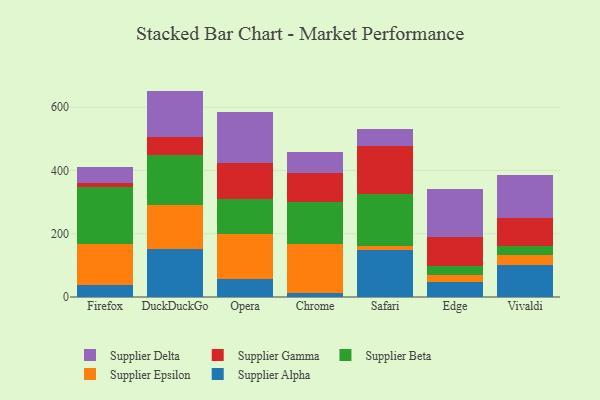
{"axis": {"x": "Browser", "y": "Shipments"}, "legend": ["Supplier Alpha", "Supplier Beta", "Supplier Delta", "Supplier Epsilon", "Supplier Gamma"], "data": [{"x": "Firefox", "y": 38.4, "type": "Supplier Alpha"}, {"x": "Firefox", "y": 130.6, "type": "Supplier Epsilon"}, {"x": "Firefox", "y": 179.8, "type": "Supplier Beta"}, {"x": "Firefox", "y": 10.5, "type": "Supplier Gamma"}, {"x": "Firefox", "y": 50.7, "type": "Supplier Delta"}, {"x": "DuckDuckGo", "y": 151.0, "type": "Supplier Alpha"}, {"x": "DuckDuckGo", "y": 140.0, "type": "Supplier Epsilon"}, {"x": "DuckDuckGo", "y": 158.2, "type": "Supplier Beta"}, {"x": "DuckDuckGo", "y": 56.6, "type": "Supplier Gamma"}, {"x": "DuckDuckGo", "y": 146.0, "type": "Supplier Delta"}, {"x": "Opera", "y": 56.4, "type": "Supplier Alpha"}, {"x": "Opera", "y": 144.1, "type": "Supplier Epsilon"}, {"x": "Opera", "y": 109.2, "type": "Supplier Beta"}, {"x": "Opera", "y": 113.0, "type": "Supplier Gamma"}, {"x": "Opera", "y": 163.2, "type": "Supplier Delta"}, {"x": "Chrome", "y": 13.0, "type": "Supplier Alpha"}, {"x": "Chrome", "y": 154.8, "type": "Supplier Epsilon"}, {"x": "Chrome", "y": 131.1, "type": "Supplier Beta"}, {"x": "Chrome", "y": 94.0, "type": "Supplier Gamma"}, {"x": "Chrome", "y": 65.9, "type": "Supplier Delta"}, {"x": "Safari", "y": 148.5, "type": "Supplier Alpha"}, {"x": "Safari", "y": 13.1, "type": "Supplier Epsilon"}, {"x": "Safari", "y": 164.2, "type": "Supplier Beta"}, {"x": "Safari", "y": 151.0, "type": "Supplier Gamma"}, {"x": "Safari", "y": 53.5, "type": "Supplier Delta"}, {"x": "Edge", "y": 48.7, "type": "Supplier Alpha"}, {"x": "Edge", "y": 22.0, "type": "Supplier Epsilon"}, {"x": "Edge", "y": 27.5, "type": "Supplier Beta"}, {"x": "Edge", "y": 92.7, "type": "Supplier Gamma"}, {"x": "Edge", "y": 151.8, "type": "Supplier Delta"}, {"x": "Vivaldi", "y": 100.7, "type": "Supplier Alpha"}, {"x": "Vivaldi", "y": 31.1, "type": "Supplier Epsilon"}, {"x": "Vivaldi", "y": 30.8, "type": "Supplier Beta"}, {"x": "Vivaldi", "y": 88.0, "type": "Supplier Gamma"}, {"x": "Vivaldi", "y": 134.9, "type": "Supplier Delta"}]}